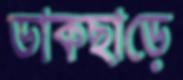
ডাকছাড়ে